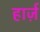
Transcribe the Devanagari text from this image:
हार्ज़